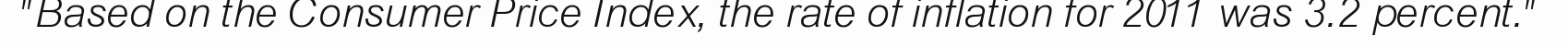
"Based on the Consumer Price Index, the rate of inflation for 2011 was 3.2 percent."